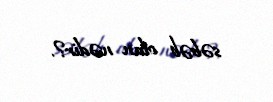
səbəb olan nədir?.